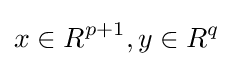
x\in R^{p+1},y\in R^{q}